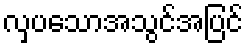
လှပသောအသွင်အပြင်